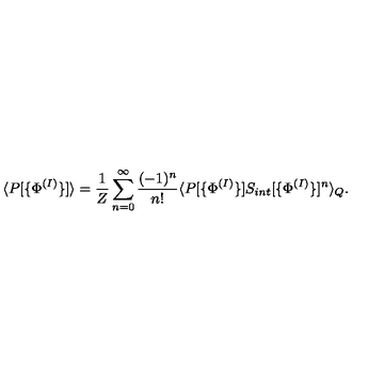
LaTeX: \langle P [ \{ \Phi ^ { ( I ) } \} ] \rangle = \frac { 1 } { Z } \sum _ { n = 0 } ^ { \infty } \frac { ( - 1 ) ^ { n } } { n ! } \langle P [ \{ \Phi ^ { ( I ) } \} ] S _ { i n t } [ \{ \Phi ^ { ( I ) } \} ] ^ { n } \rangle _ { Q } .